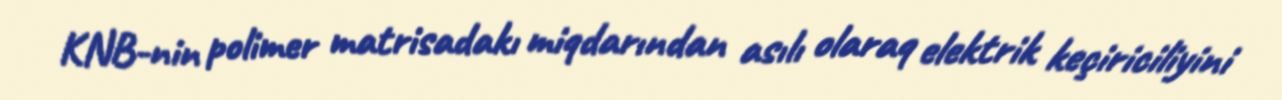
KNB-nin polimer matrisadakı miqdarından asılı olaraq elektrik keçiriciliyini